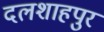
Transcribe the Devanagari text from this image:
दलशाहपुर